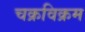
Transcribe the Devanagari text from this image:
चक्रविक्रम